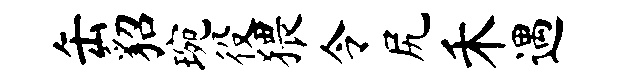
缶貂琬役猥令尻禾遇